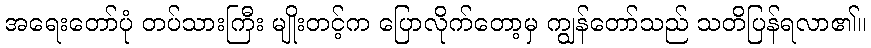
အရေးတော်ပုံ တပ်သားကြီး မျိုးတင့်က ပြောလိုက်တော့မှ ကျွန်တော်သည် သတိပြန်ရလာ၏။